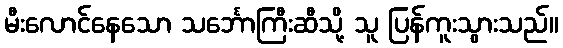
မီးလောင်နေသော သင်္ဘောကြီးဆီသို့ သူ ပြန်ကူးသွားသည်။